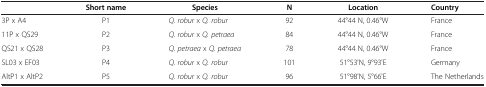
<table><thead><tr><td><b> </b></td><td><b>Short name</b></td><td><b>Species</b></td><td><b>N</b></td><td><b>Location</b></td><td><b>Country</b></td></tr></thead><tbody><tr><td>3P x A4</td><td>P1</td><td><i>Q. robur</i> x <i>Q. robur</i></td><td>92</td><td>44°44 N, 0.46°W</td><td>France</td></tr><tr><td>11P x QS29</td><td>P2</td><td><i>Q. robur</i> x <i>Q. petraea</i></td><td>84</td><td>44°44 N, 0.46°W</td><td>France</td></tr><tr><td>QS21 x QS28</td><td>P3</td><td><i>Q. petraea</i> x <i>Q. petraea</i></td><td>78</td><td>44°44 N, 0.46°W</td><td>France</td></tr><tr><td>SL03 x EF03</td><td>P4</td><td><i>Q. robur</i> x <i>Q. robur</i></td><td>101</td><td>51°53&#x27;N, 9°93&#x27;E</td><td>Germany</td></tr><tr><td>AltP1 x AltP2</td><td>P5</td><td><i>Q. robur</i> x <i>Q. robur</i></td><td>96</td><td>51°98&#x27;N, 5°66&#x27;E</td><td>The Netherlands</td></tr></tbody></table>